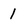
Character: 1